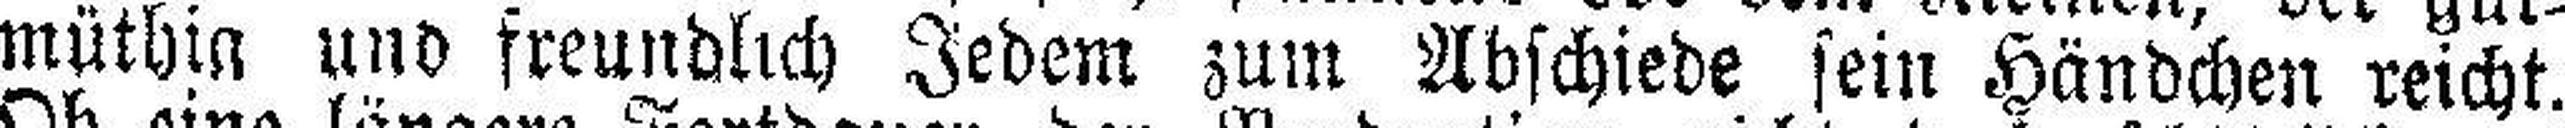
müthig und freundlich Jedem zum Abschiede sein Händchen reicht.